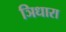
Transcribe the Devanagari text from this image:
ञिधारा